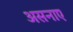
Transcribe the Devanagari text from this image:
असनाए